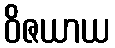
ဝိဇယာယ